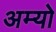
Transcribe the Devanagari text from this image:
अम्यो